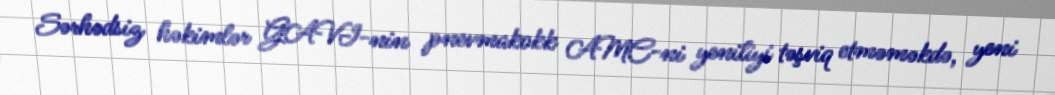
Sərhədsiz həkimlər GAVI-nin pnevmakokk AMC-ni yeniliyi təşviq etməməkdə, yeni